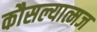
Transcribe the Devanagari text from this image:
कौसल्यात्मज